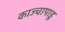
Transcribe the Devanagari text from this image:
काज्चापाडू